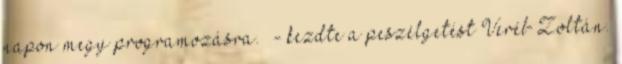
napon megy programozásra.” - kezdte a peszélgetést Veréb Zoltán.